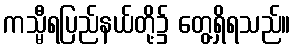
ကသ္မီရပြည်နယ်တို့၌ တွေ့ရှိရသည်။